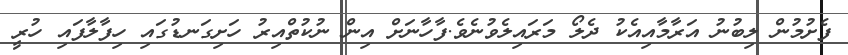
ފެށުމުން ލިބުނު އަރާމާއިއެކު ދެލޯ މަރައިލެވުނެވެ.ފާހާނަށް އިން ނުކުތްއިރު ހަށިގަނޑުގައި ހިފާލާފައި ހުރީީ